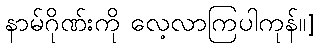
နာမ်ဂိုဏ်းကို လေ့လာကြပါကုန်။]